Leningradi_Edasi_toimetus, lk 111
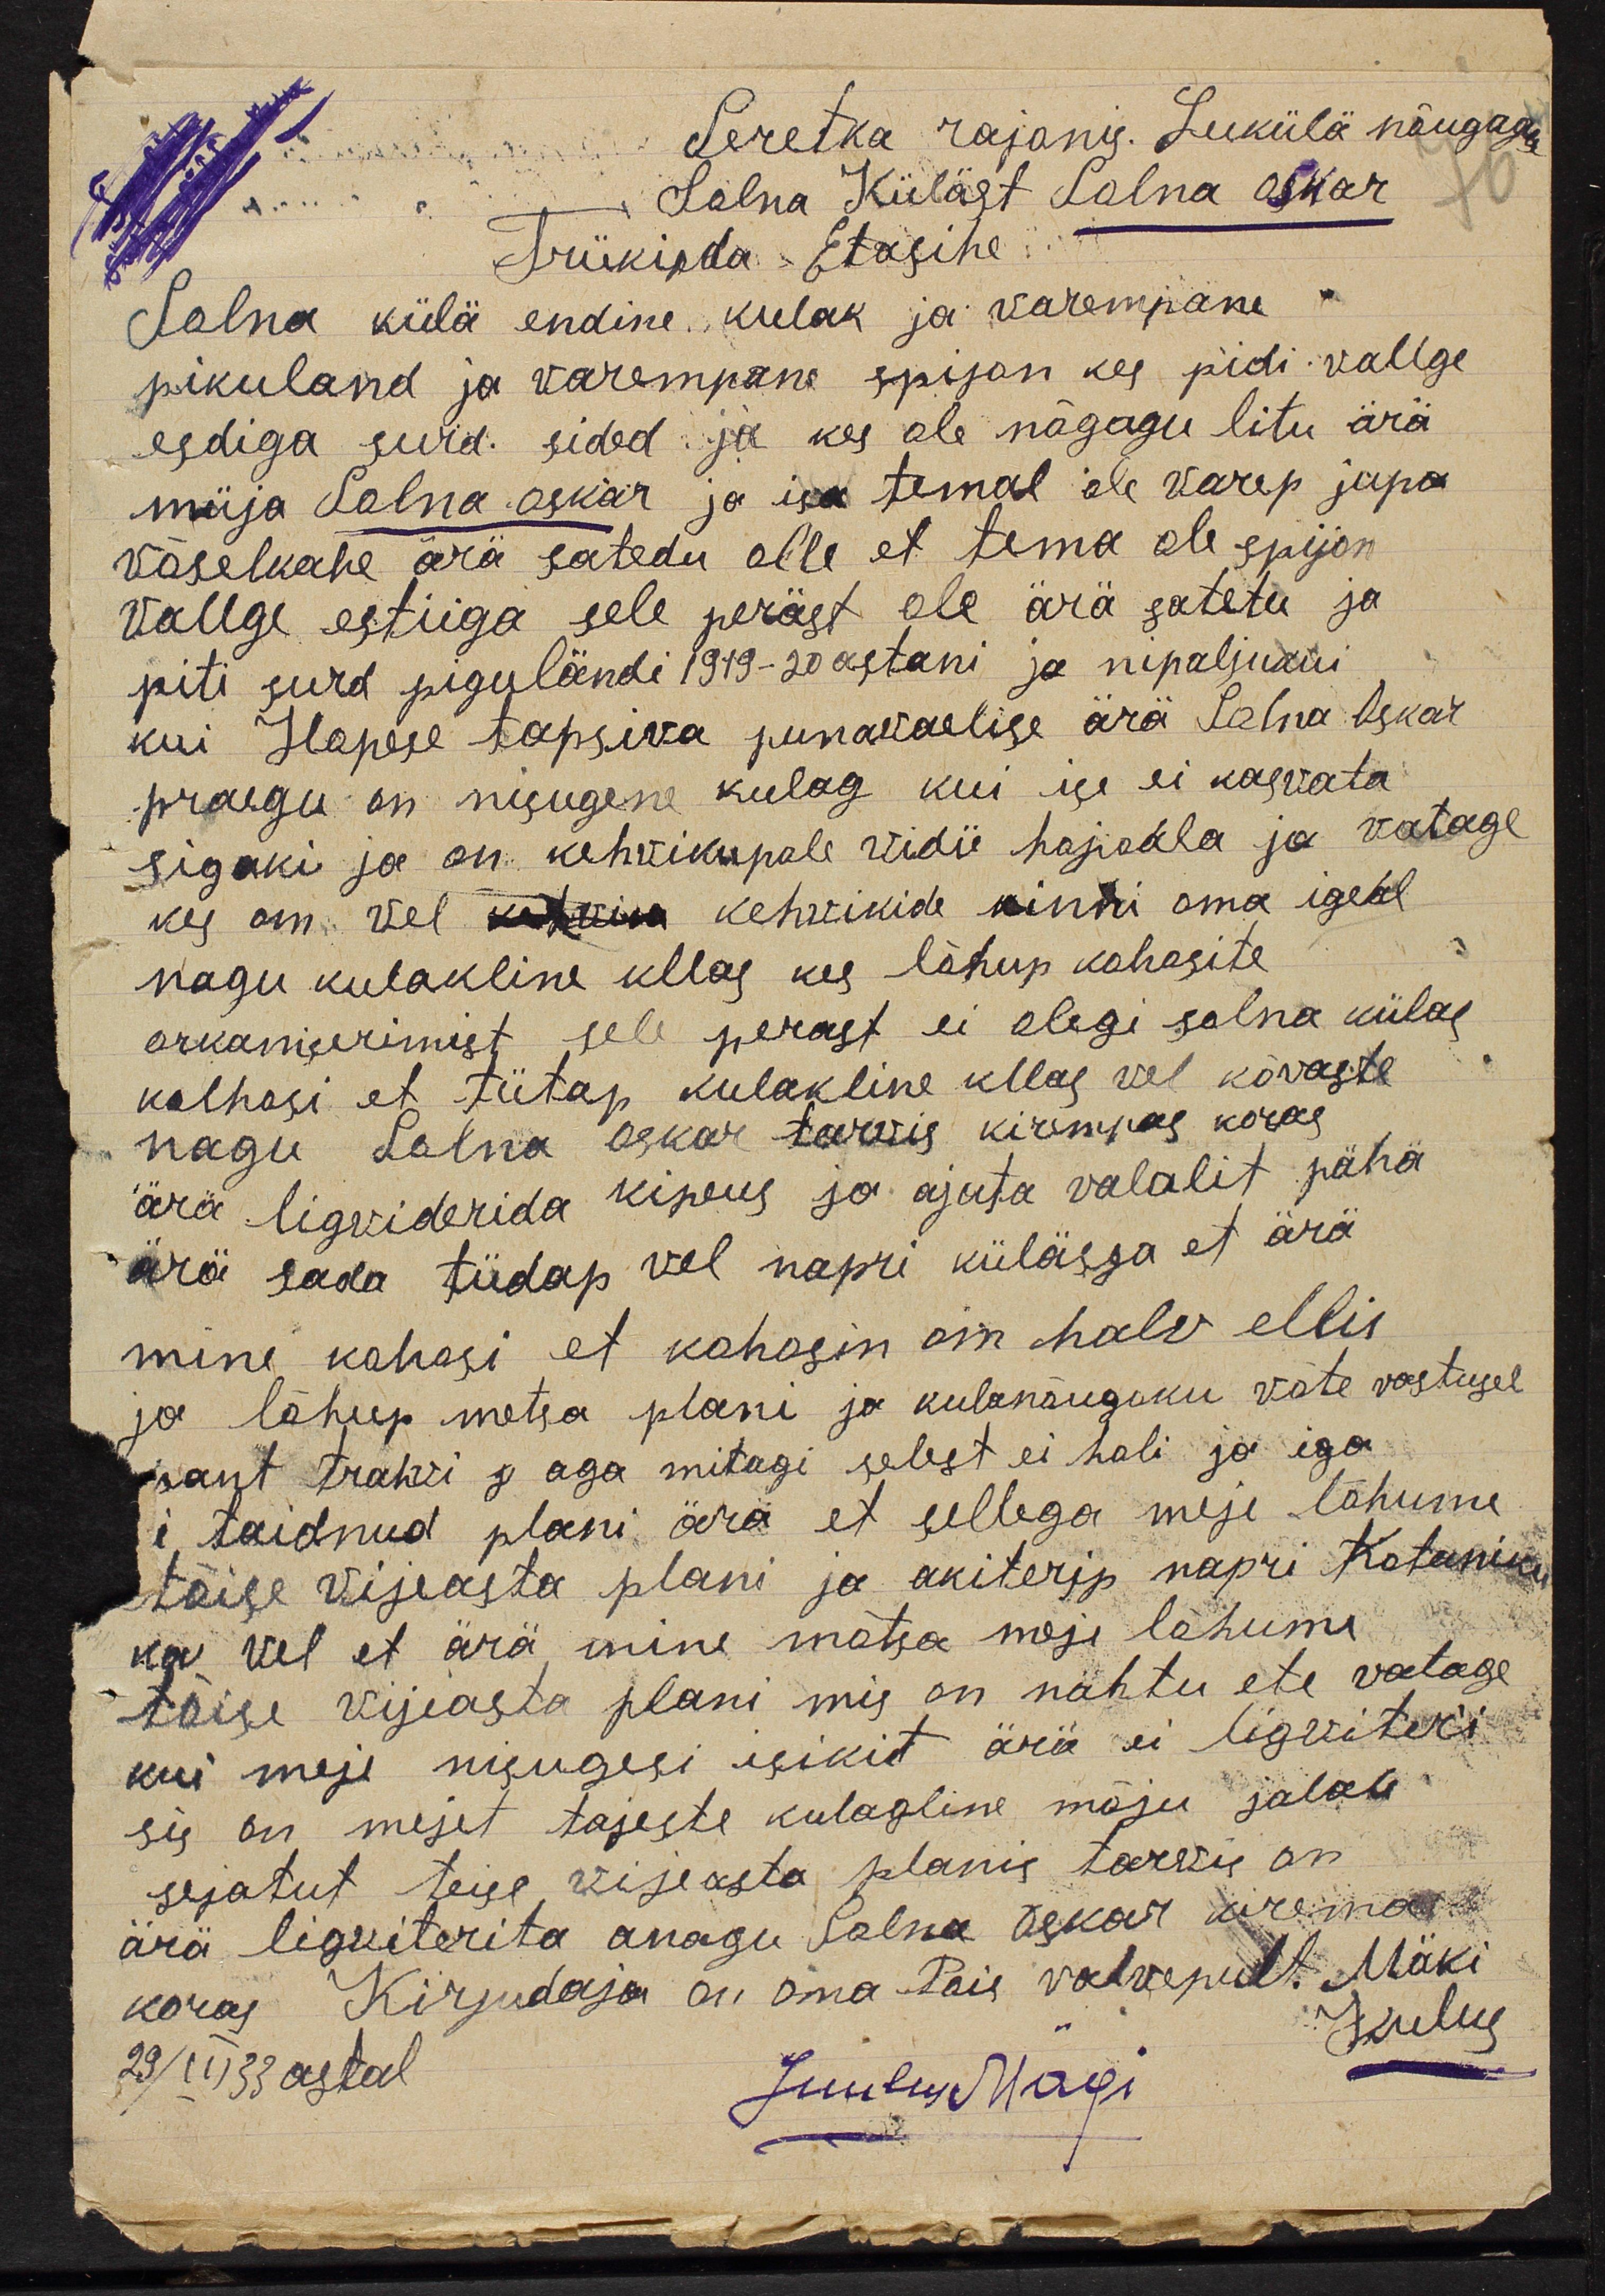
Seretka rajonis; Lukülä nõugogu
Salna Küläst Salna Oskar
Trükieda Etasihe
Salna külä endine kulak ja varempane
pikuland ja varempane spijon kes pidi vallge
esdiga surd sided ja kes ole nägagu litu ärä
müja Salna Oskar ja isa temal ole varep jupa
väselkahe ärä satedu olle et tema ole spijon
vallge estiiga sele peräst ole ära satetu ja
piti surd piguländi 1919-20 astani ja nipaljukui
kui Hapese tapsiva punavaelise ärä Selna Oskar
praegu on nisugene kulag kui ige ei kasvata
sigaki ja on kehvikupale vidie hajaala ja vatage
kes om vel kohtwa kehvikide kinni oma igeal
nagu kulakline kllas kes lähep kahasite
orkaniserimist sele perast ei olegi salna külas
kolhosi et tütap kulakline kllas vel kõvaste
nagu Salna Oskar tarvis kirempas koras
ära ligviderida kipeus ja ajata valalit pähä
ärä sada tüdap vel napri küläega et ärä
mine kahasi et kahasin om halv ellis
ja lõhup metsa plani ja kulanõugoku võte vastusel
sant trahvi j aga mitagi selest ei hali ja iga
i taidnud plani ära et sellega meje lõhume
tõige vijeasta plani ja akiterip napri Kotaniku
ka vel et ärä mine mõtsa meje lõhume
tõise vijeasta plani mis on nähtu ete vatage
kui meie nisugesi isikit ärä ei ligviteri
sis on mejet tajeste kulagline mõju jalale
sejatut teise vijeasta planis tarvis on
ärä ligviterita anagu Salna Oskar kirema
koras Kirjudaja on oma Teie valvepult. Mäki
Juulus
29/III 33 astal
Juulus Mägi